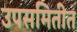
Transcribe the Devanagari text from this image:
उपसमितीत